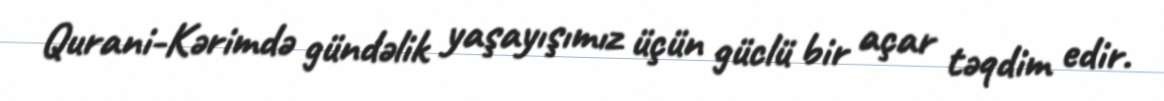
Qurani-Kərimdə gündəlik yaşayışımız üçün güclü bir açar təqdim edir.